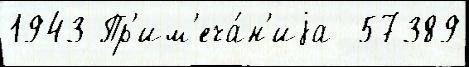
1943 Пр'им'еча́н'иjа  57389